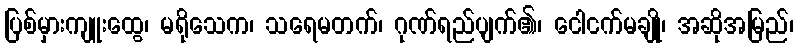
ပြစ်မှားကျူးထွေ၊ မရိုသေက၊ သရေမတက်၊ ဂုဏ်ရည်ပျက်၏၊ ငေါငက်မချို၊ အဆိုအမြည်၊